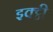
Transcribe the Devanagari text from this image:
इक्ट्ठी